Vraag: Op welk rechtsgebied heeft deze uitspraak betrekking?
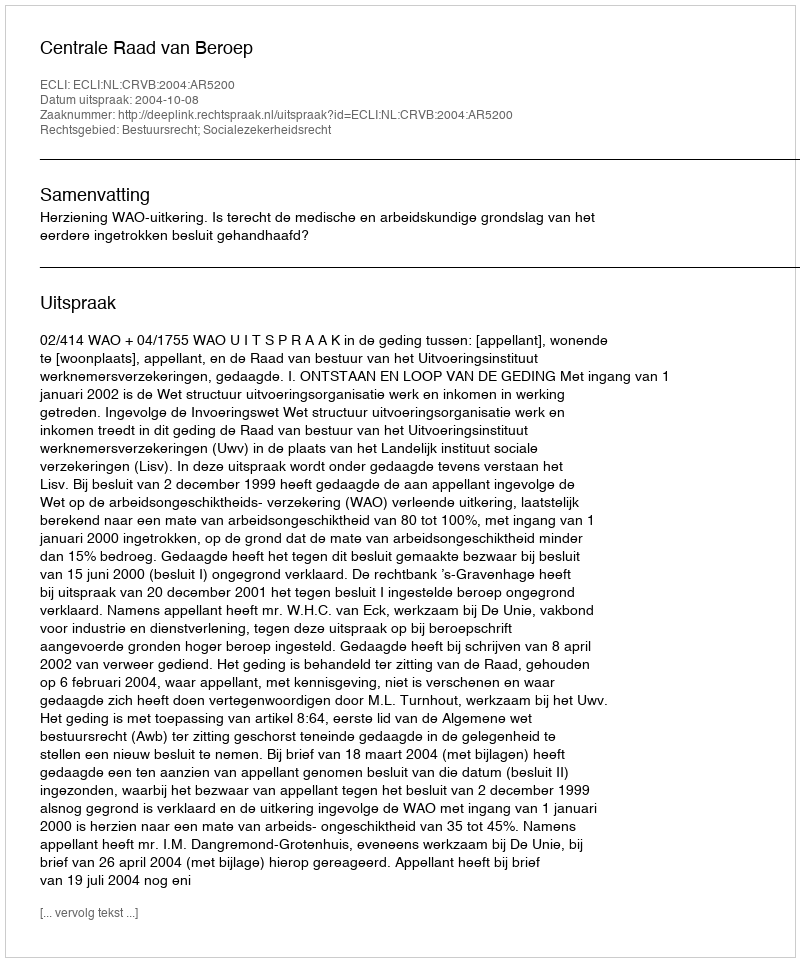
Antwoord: Bestuursrecht; Socialezekerheidsrecht